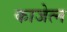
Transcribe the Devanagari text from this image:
काजेत्न